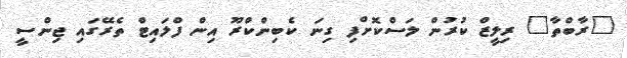
"ރާބްތާ" ރިލީޒް ކުރުން ލަސްކޮށްފި ގިނަ ކެބިންކްރޫ އިން ފްލައިޓް ތެރޭގައި ޖިންސީ